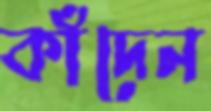
কাঁদেন